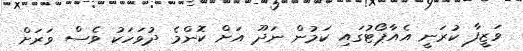
ވަޒީފާ ކުރަނީ އެއާޕޯޓުގައި ކަމުން ނަދޫ އަށް ކޮންމެ ދުވަހަކު ވެސް ވަރަށް